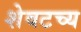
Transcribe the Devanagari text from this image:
शेवटच्य